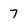
Character: 7